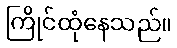
ကြိုင်ထုံနေသည်။